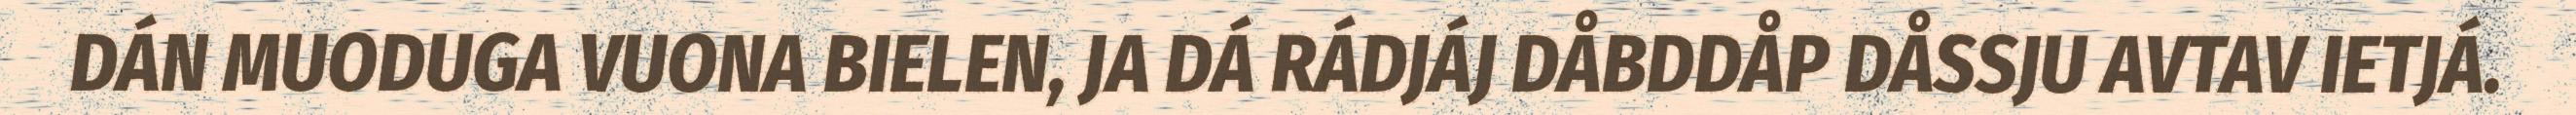
DÁN MUODUGA VUONA BIELEN, JA DÁ RÁDJÁJ DÅBDDÅP DÅSSJU AVTAV IETJÁ.